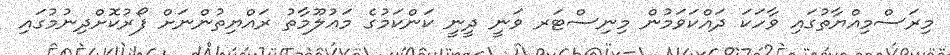
މިރަސްމިއްޔާތުގައި ވާހަކަ ދައްކަވަމުން މިނިސްޓަރ ވަނީ ދީނީ ކަންކަމުގެ މަޢުލޫމާތު ރައްޔިތުންނަށް ފޯރުކޮށްދިނުމުގައި